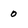
Character: 0